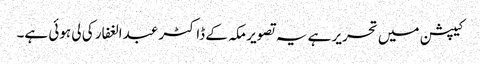
کیپشن میں تحریر ہے یہ تصویر مکہ کے ڈاکٹر عبدالغفار کی لی ہوئی ہے۔